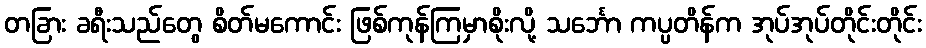
တခြား ခရီးသည်တွေ စိတ်မကောင်း ဖြစ်ကုန်ကြမှာစိုးလို့ သင်္ဘော ကပ္ပတိန်က အုပ်အုပ်တိုင်းတိုင်း